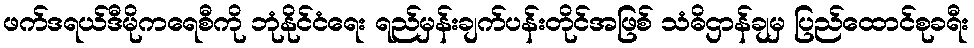
ဖက်ဒရယ်ဒီမိုကရေစီကို ဘုံနိုင်ငံရေး ရည်မှန်းချက်ပန်းတိုင်အဖြစ် သံဓိဌာန်ချမှ ပြည်ထောင်စုခရီး